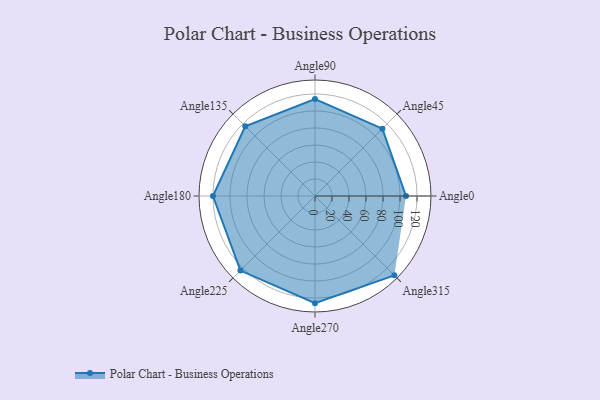
{"axis": {"x": "Angle", "y": "Radius"}, "legend": [""], "data": [{"x": "Angle0", "y": 107.0, "type": ""}, {"x": "Angle45", "y": 112.0, "type": ""}, {"x": "Angle90", "y": 114.0, "type": ""}, {"x": "Angle135", "y": 116.0, "type": ""}, {"x": "Angle180", "y": 120.0, "type": ""}, {"x": "Angle225", "y": 124.0, "type": ""}, {"x": "Angle270", "y": 126.0, "type": ""}, {"x": "Angle315", "y": 132.0, "type": ""}]}